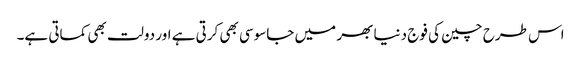
اس طرح چین کی فوج دنیا بھر میں جاسوسی بھی کرتی ہے اور دولت بھی کماتی ہے۔